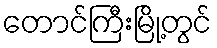
တောင်ကြီးမြို့တွင်